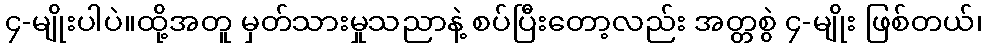
၄-မျိုးပါပဲ။ထို့အတူ မှတ်သားမှုသညာနဲ့ စပ်ပြီးတော့လည်း အတ္တစွဲ ၄-မျိုး ဖြစ်တယ်၊